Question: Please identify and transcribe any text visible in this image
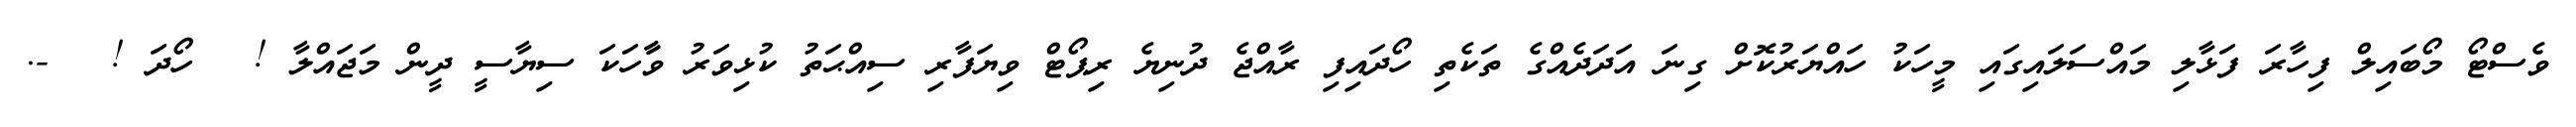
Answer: ވެސްޓޯ މޯބައިލް ފިހާރަ ފަޅާލި މައްސަލައިގައި މީހަކު ހައްޔަރުކޮށް ގިނަ އަދަދެއްގެ ތަކެތި ހޯދައިފި ރާއްޖެ ދުނިޔެ ރިޕޯޓް ވިޔަފާރި ސިއްޙަތު ކުޅިވަރު ވާާހަކަ ސިޔާސީ ދީން މަޖައްލާ ! ? ހޯދަ ! ? -.